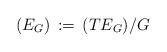
LaTeX: \begin{align*}(E_G)\, :=\, (TE_G)/G\end{align*}